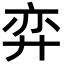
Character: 弈